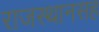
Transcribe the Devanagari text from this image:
राजस्थानसह